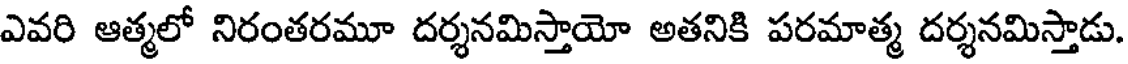
ఎవరి ఆత్మలో నిరంతరమూ దర్శనమిస్తాయో అతనికి పరమాత్మ దర్శనమిస్తాడు.